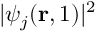
| \psi _ { j } ( { \bf r } , 1 ) | ^ { 2 }